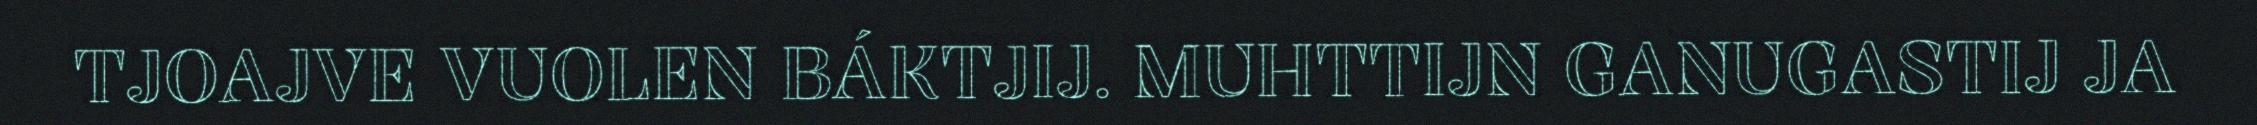
TJOAJVE VUOLEN BÁKTJIJ. MUHTTIJN GANUGASTIJ JA